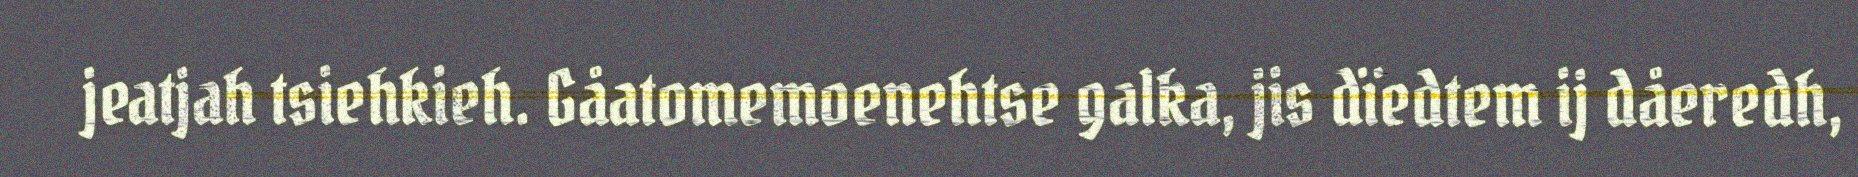
jeatjah tsiehkieh. Gåatomemoenehtse galka, jis dïedtem ij dåeredh,